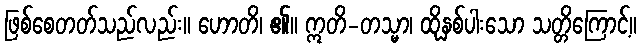
ဖြစ်စေတတ်သည်လည်း။ ဟောတိ၊ ၏။ ဣတိ-တသ္မာ၊ ထိုနှစ်ပါးသော သတ္တိကြောင့်။